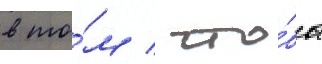
в то́м / что́бы